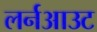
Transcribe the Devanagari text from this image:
लर्नआउट